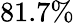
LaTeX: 81.7\%